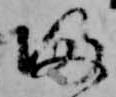
帰